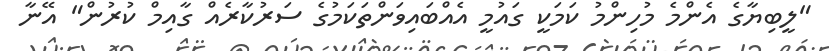
"ލީބިޔާގެ އެންމެ މުހިންމު ކަމަކީ ގައުމީ އެއްބައިވަންތަކަމުގެ ސަރުކާރެއް ގާއިމް ކުރުން" އޭނާ